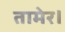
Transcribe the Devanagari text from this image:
तामेर।